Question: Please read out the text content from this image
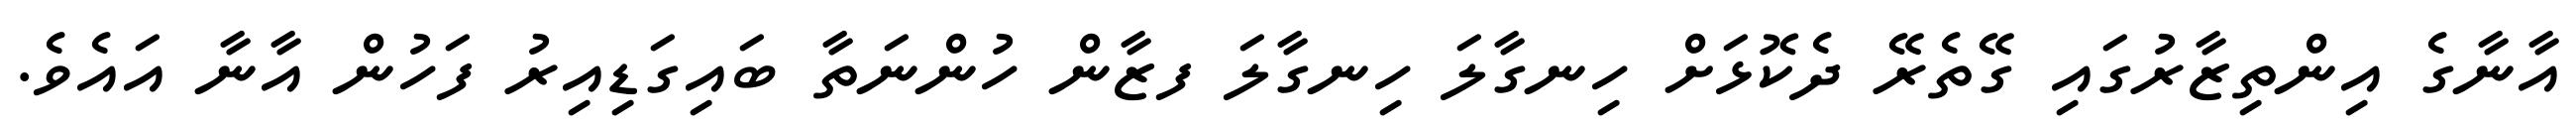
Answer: އާނާގެ އިންތިޒާރުގައި ގޭތެރޭ ދެކޮޅަށް ހިނގާލަ ހިނގާލަ ފޒާން ހުންނަތާ ބައިގަޑިއިރު ފަހުން އާނާ އައެވެ.